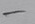
Text: -